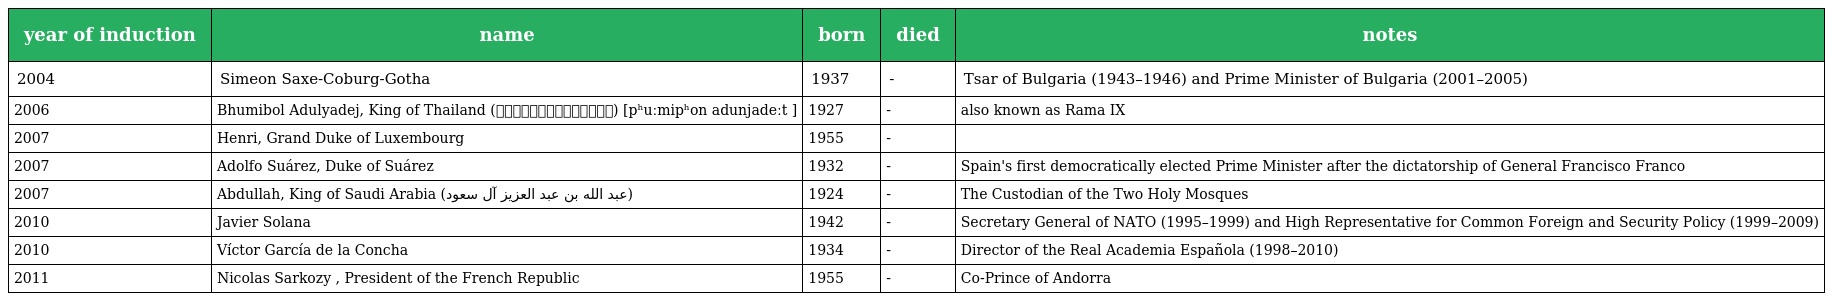
| year of induction | name | born | died | notes |
 | --- | --- | --- | --- | --- |
 | 2004 | Simeon Saxe-Coburg-Gotha | 1937 | - | Tsar of Bulgaria (1943–1946) and Prime Minister of Bulgaria (2001–2005) |
 | 2006 | Bhumibol Adulyadej, King of Thailand (ภูมิพลอดุลยเดช) [pʰuːmipʰon adunjadeːt ] | 1927 | - | also known as Rama IX |
 | 2007 | Henri, Grand Duke of Luxembourg | 1955 | - |  |
 | 2007 | Adolfo Suárez, Duke of Suárez | 1932 | - | Spain's first democratically elected Prime Minister after the dictatorship of General Francisco Franco |
 | 2007 | Abdullah, King of Saudi Arabia (عبد الله بن عبد العزيز آل سعود) | 1924 | - | The Custodian of the Two Holy Mosques |
 | 2010 | Javier Solana | 1942 | - | Secretary General of NATO (1995–1999) and High Representative for Common Foreign and Security Policy (1999–2009) |
 | 2010 | Víctor García de la Concha | 1934 | - | Director of the Real Academia Española (1998–2010) |
 | 2011 | Nicolas Sarkozy , President of the French Republic | 1955 | - | Co-Prince of Andorra |